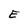
Character: E